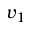
v _ { 1 }